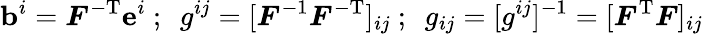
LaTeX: \mathbf{b}^{i}={\boldsymbol{F}}^{-\mathrm{{T}}}\mathbf{e}^{i}~;~~g^{ij}=[{\boldsymbol{F}}^{-\mathrm{{1}}}{\boldsymbol{F}}^{-\mathrm{{T}}}]_{ij}~;~~g_{ij}=[g^{ij}]^{-1}=[{\boldsymbol{F}}^{\mathrm{{T}}}{\boldsymbol{F}}]_{ij}